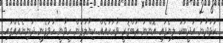
ކުޅަދާނަ އަދީބަކު ލިޔެފައި އޮންނަ ޢަބްޤަރީ ވާހަކައެއް ކިޔާލުމުން ހީވާނީ ހުވަފެނީ ދުނިޔެއެއްގައި